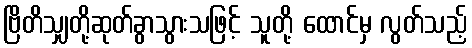
ဗြိတိသျှတို့ဆုတ်ခွာသွားသဖြင့် သူတို့ ထောင်မှ လွတ်သည့်